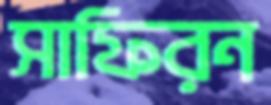
সাফিরন